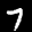
Label: 7